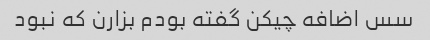
سس اضافه چیکن گفته بودم بزارن که نبود